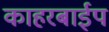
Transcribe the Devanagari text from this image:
काहरबाईप